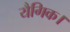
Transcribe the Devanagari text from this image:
यैगिक।